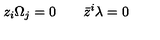
z _ { i } \Omega _ { j } = 0 \qquad \bar { z } ^ { i } \lambda = 0